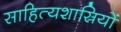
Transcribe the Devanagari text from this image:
साहित्यशास्रियों